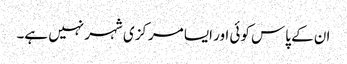
ان کے پاس کوئی اور ایسا مرکزی شہر نہیں ہے۔